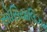
સોસિયાલિઝમ